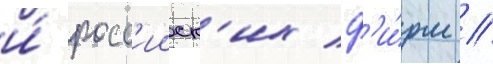
и́ росс'ииск'их ф'и́рм //